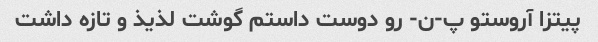
پیتزا آروستو پ-ن- رو دوست داستم گوشت لذیذ و تازه داشت